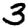
Digit: 3